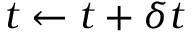
t \leftarrow t + \delta t